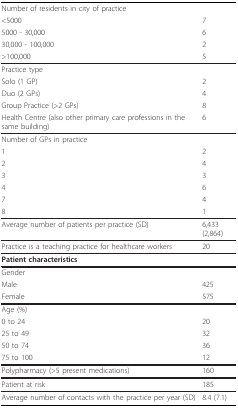
| Number of residents in city of practice |  |
 | <5000 | 7 |
 | 5000 - 30,000 | 6 |
 | 30,000 - 100,000 | 2 |
 | >100,000 | 5 |
 | --- | --- |
 | Practice type |  |
 | Solo (1 GP) | 2 |
 | Duo (2 GPs) | 4 |
 | Group Practice (>2 GPs) | 8 |
 | Health Centre (also other primary care professions in the same building) | 6 |
 | Number of GPs in practice |  |
 | 1 | 2 |
 | 2 | 4 |
 | 3 | 3 |
 | 4 | 6 |
 | 7 | 4 |
 | 8 | 1 |
 | Average number of patients per practice (SD) | 6,433 (2,864) |
 | Practice is a teaching practice for healthcare workers | 20 |
 | Patient characteristics |  |
 | Gender |  |
 | Male | 425 |
 | Female | 575 |
 | Age (%) |  |
 | 0 to 24 | 20 |
 | 25 to 49 | 32 |
 | 50 to 74 | 36 |
 | 75 to 100 | 12 |
 | Polypharmacy (>5 present medications) | 160 |
 | Patient at risk | 185 |
 | Average number of contacts with the practice per year (SD) | 8.4 (7.1) |